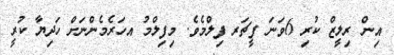
އިން ރިލީޒް ކުރި 6ވަނަ ފީޗަރ ފިލްމެވެ. މިފިލްމު އހަރެމެންނަށް ހަދިޔާ ކުރީ